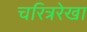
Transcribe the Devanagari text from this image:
चरित्ररेखा